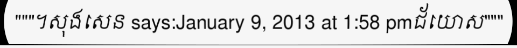
"""។សុងសេន says:January 9, 2013 at 1:58 pmជ័យោស"""